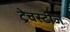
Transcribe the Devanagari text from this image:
ट्रेवस्टीज